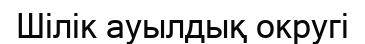
Шілік ауылдық округі